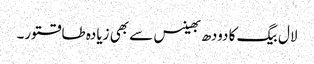
لال بیگ کا دودھ بھینس سے بھی زیادہ طاقتور۔